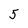
Character: 5